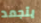
يتجمد